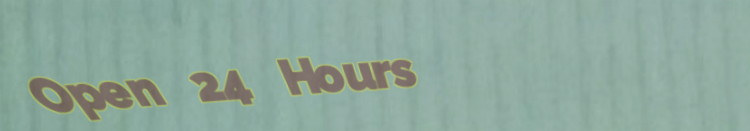
Open 24 Hours